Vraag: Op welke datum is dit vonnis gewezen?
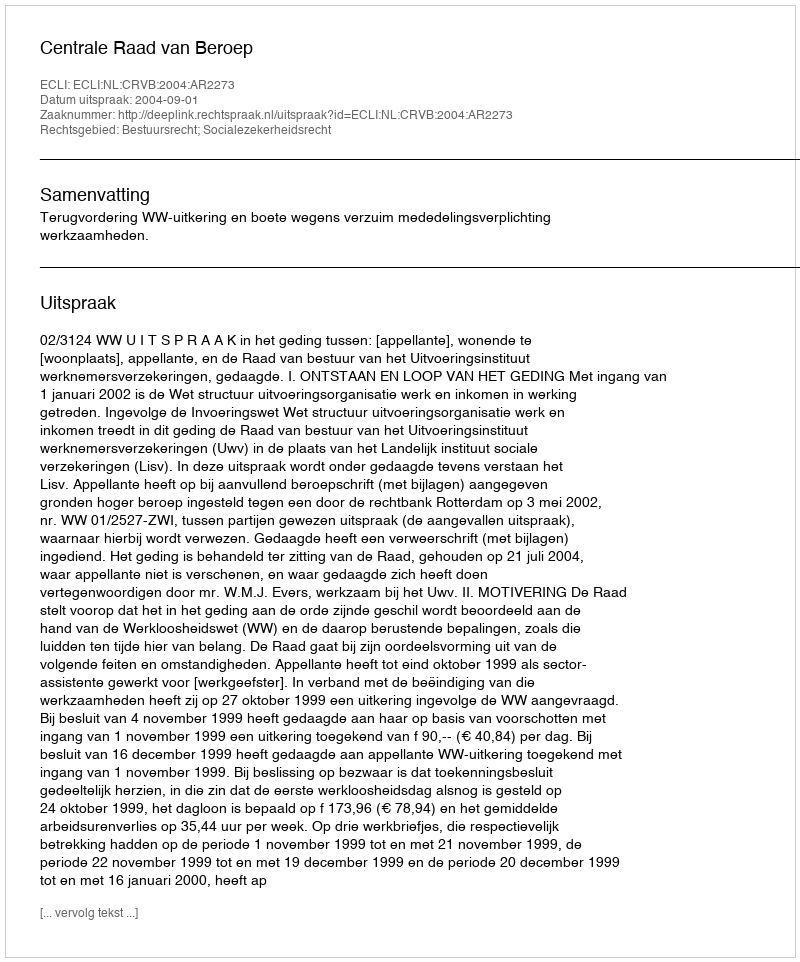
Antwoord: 2004-09-01